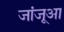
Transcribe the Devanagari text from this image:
जांजूआ